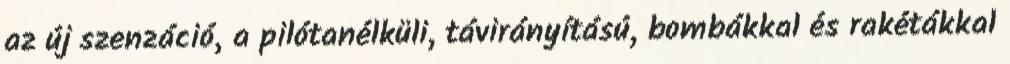
az új szenzáció, a pilótanélküli, távirányítású, bombákkal és rakétákkal